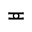
\eqcirc